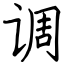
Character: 调